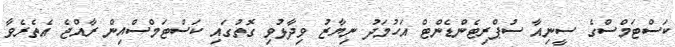
ކަސްޓަމްސްގެ ސީނިއާ ސުޕްރިޓެންޑެންޓް އަހުމަދު ނިޔާޒު ވިދާޅުވި ގޮތުގައި ކަސްޓަމްސްއިން ރާއްޖެ އެތެރެވާ